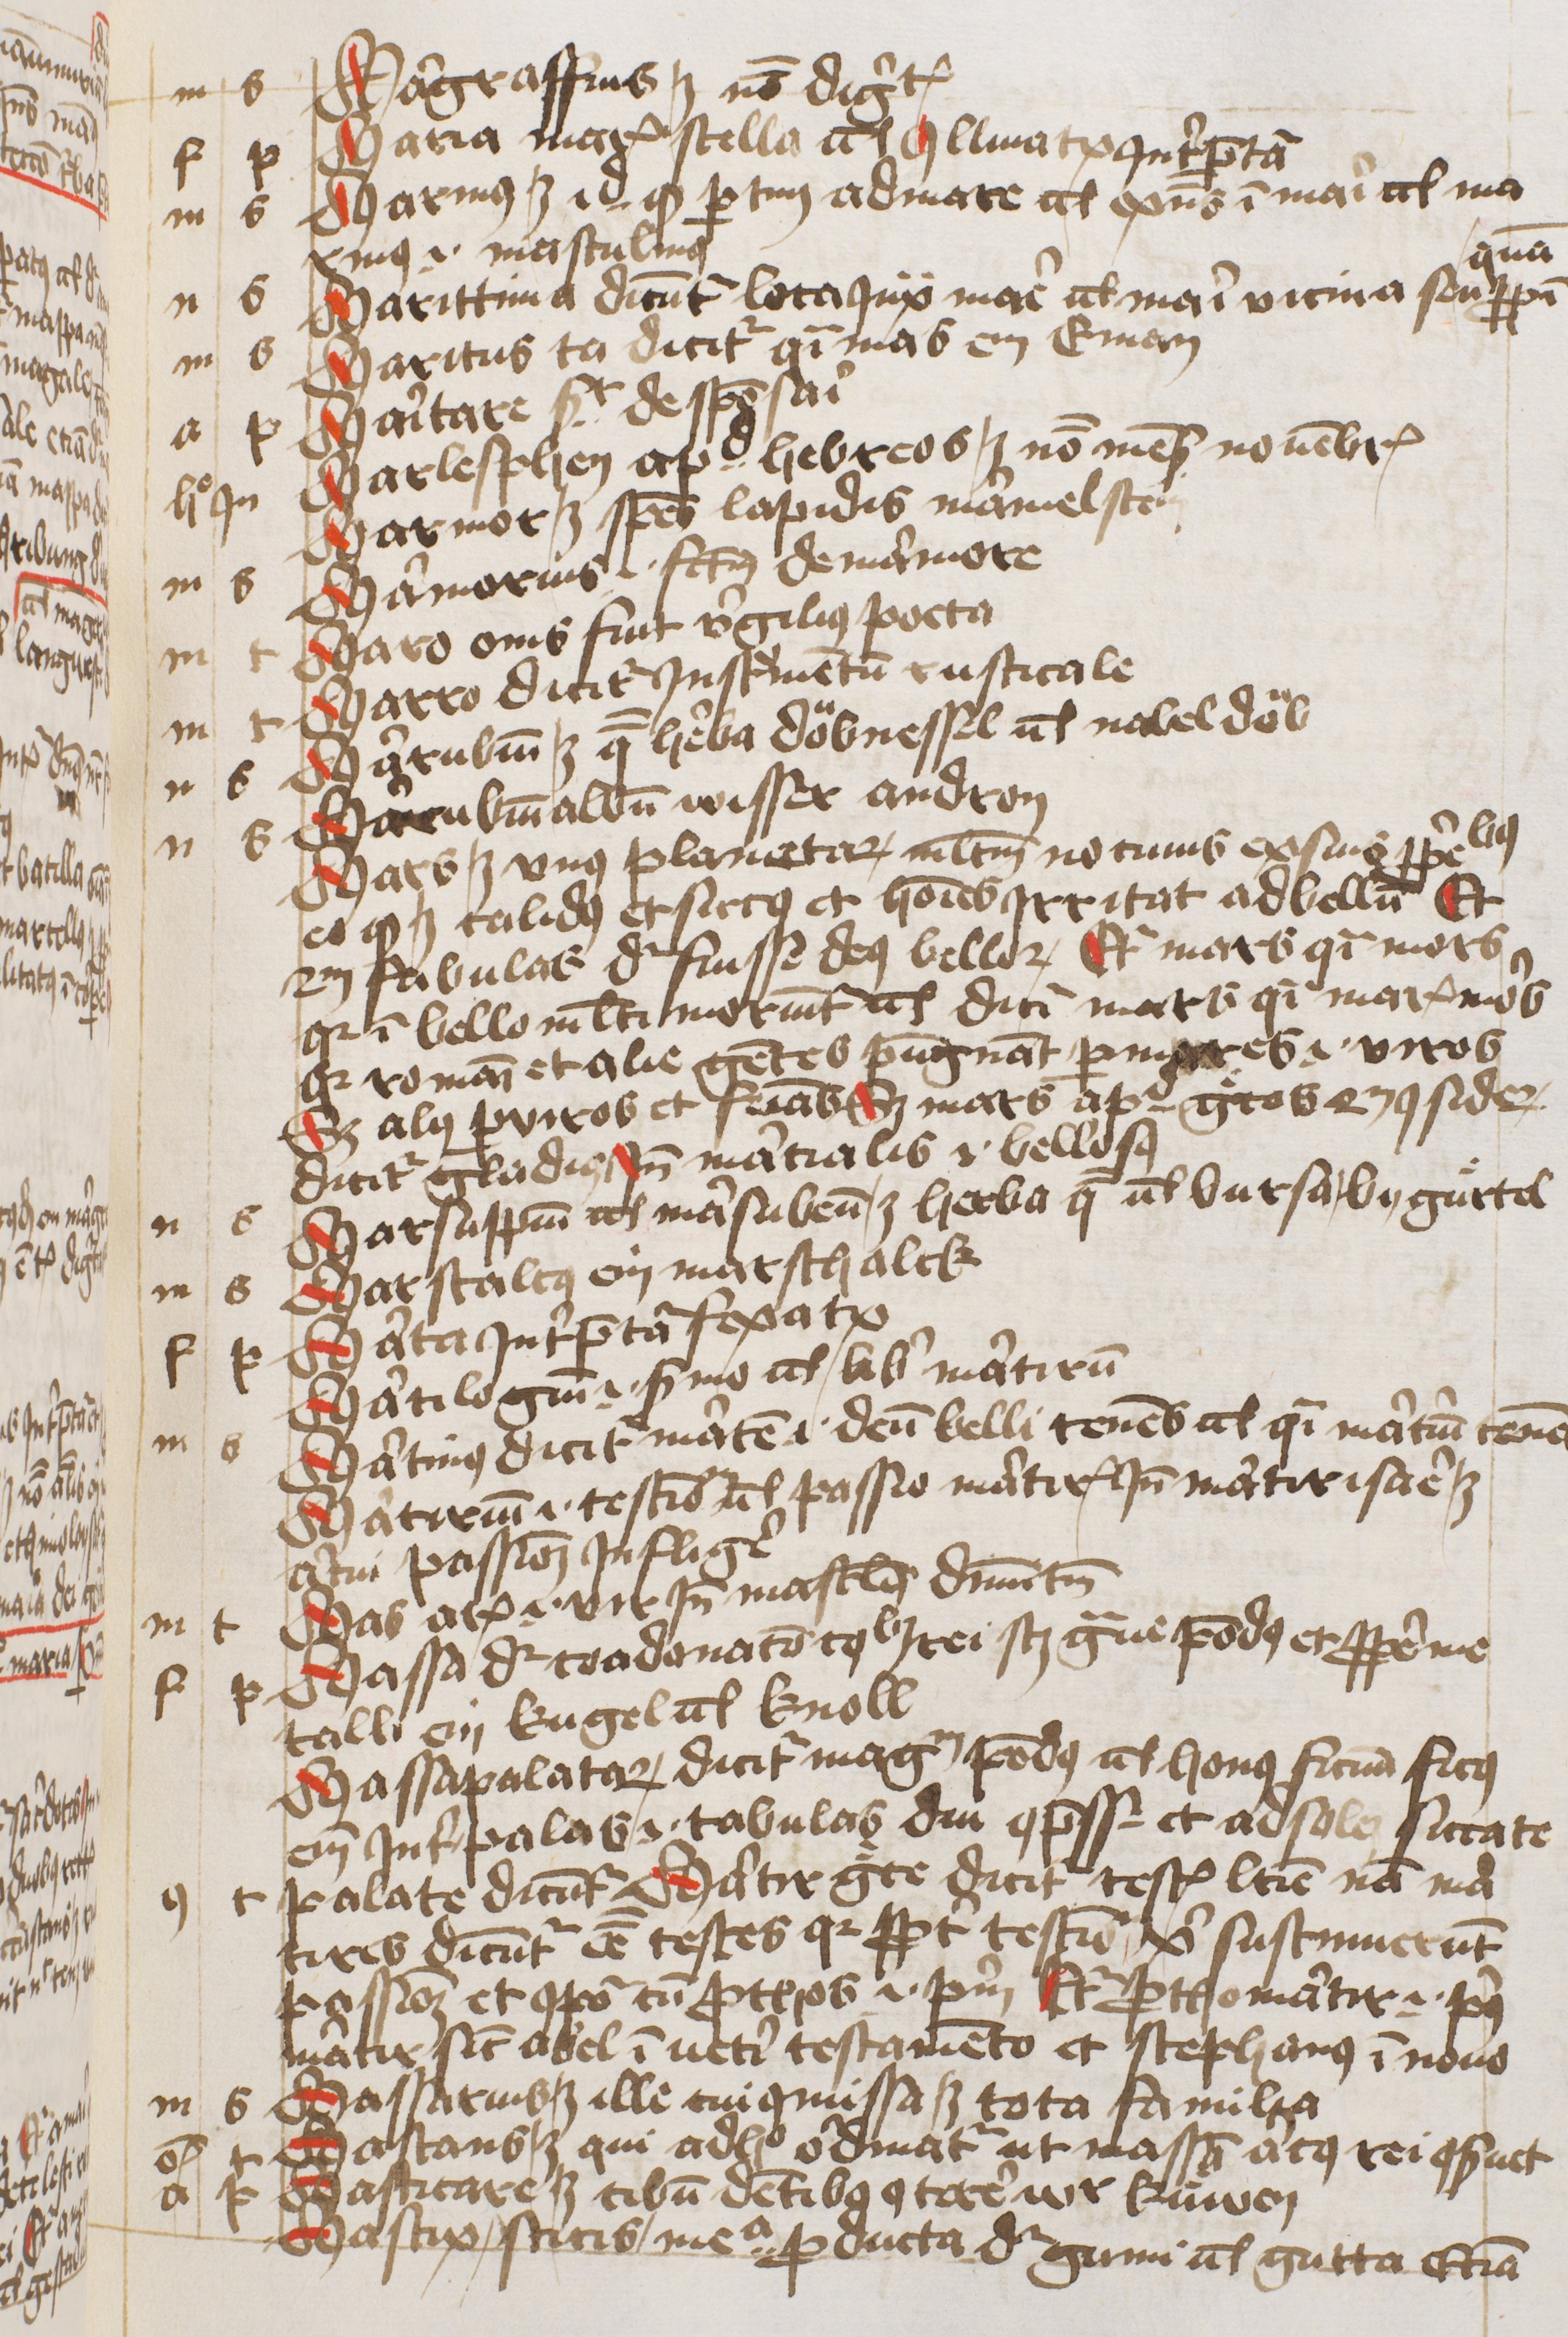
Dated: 1445–1455